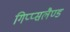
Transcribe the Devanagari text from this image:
गिप्प्सलैण्ड